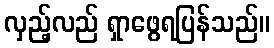
လှည့်လည် ရှာဖွေရပြန်သည်။